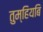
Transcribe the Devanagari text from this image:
तुम्हियबि